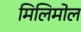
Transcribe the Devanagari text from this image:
मिलिमोल